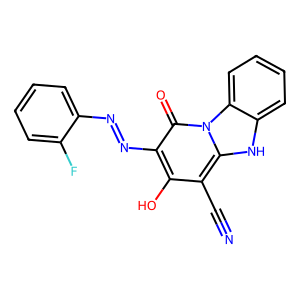
SMILES: N#Cc1c(O)c(N=Nc2ccccc2F)c(=O)n2c1[nH]c1ccccc12
Inhibits HIV replication: No